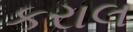
કરાલ